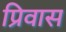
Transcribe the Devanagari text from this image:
प्रिवास